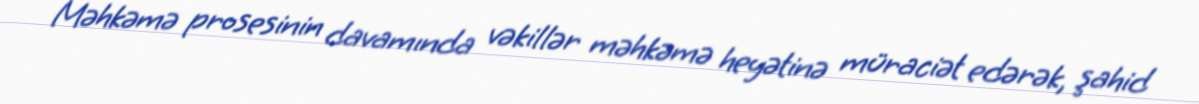
Məhkəmə prosesinin davamında vəkillər məhkəmə heyətinə müraciət edərək, şahid